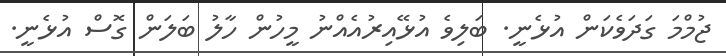
ޖުމްމަ ގަދަވެކަން އުޅެނީ. ބަލިވެ އުޅޭއިރުއެއްނު މީހުން ހާލު ބަލަން ގޮސް އުޅެނީ.